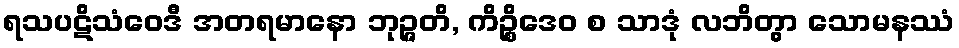
ရသပဋိသံဝေဒီ အတရမာနော ဘုဉ္ဇတိ, ကိဉ္စိဒေဝ စ သာဒုံ လဘိတွာ သောမနဿံ